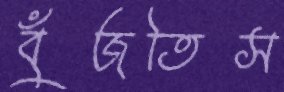
বুঁজতিস